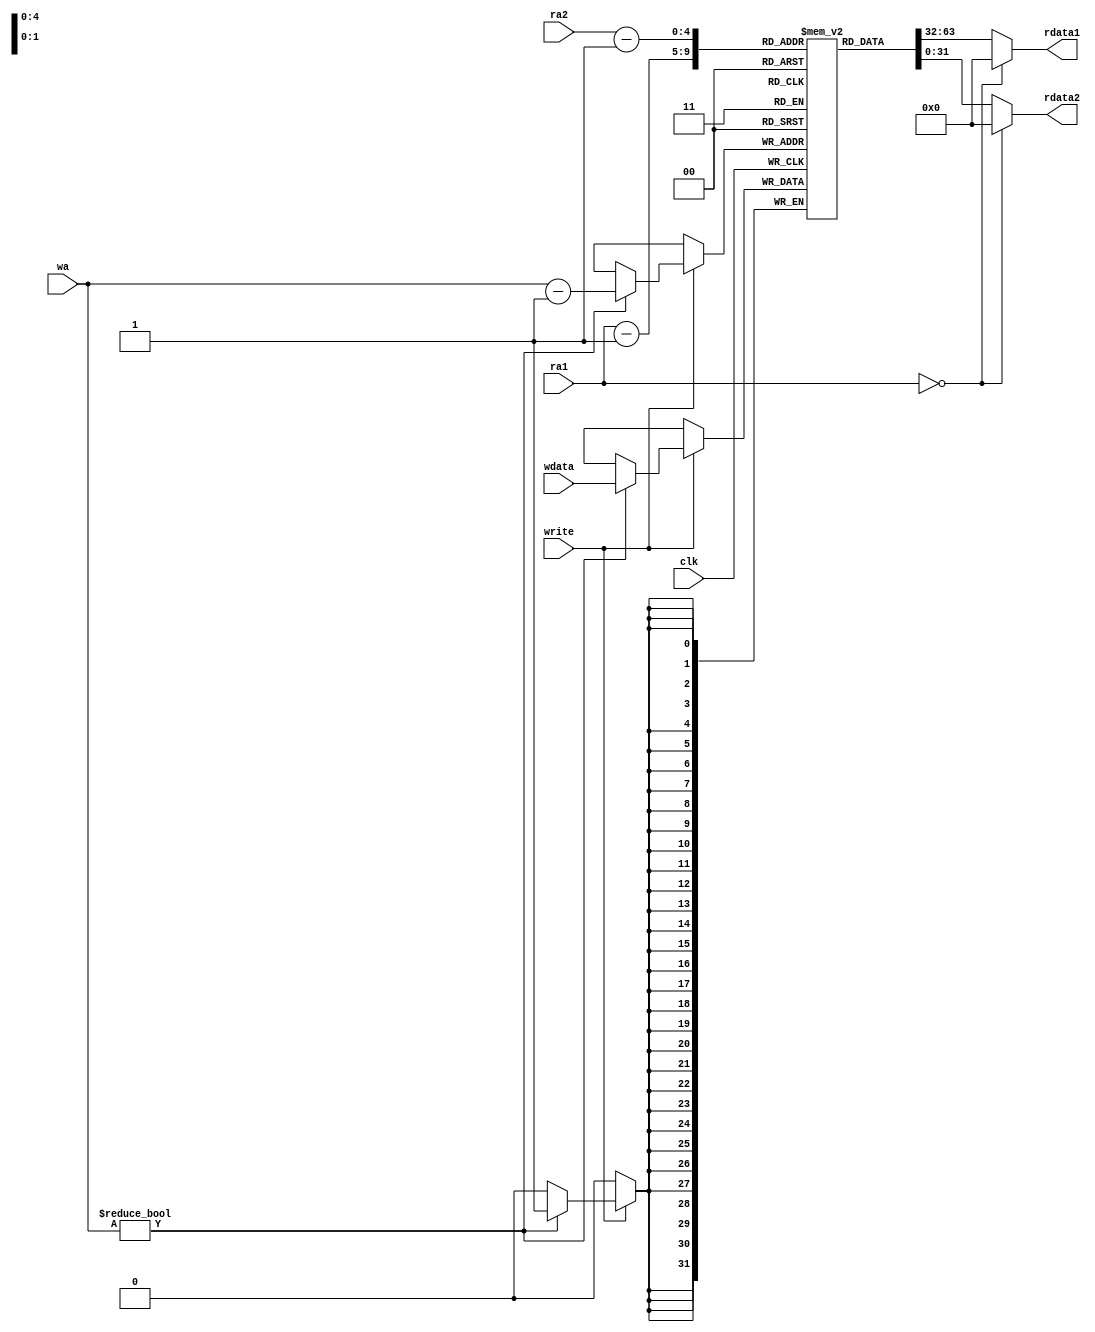
module RegisterFile32x32 (
    input clk,
    input [4:0] ra1,
    input [4:0] ra2,
    input write,
    input [4:0] wa,
    input [31:0] wdata,
    output [31:0] rdata1,
    output [31:0] rdata2
);

reg [31:0] reg_file [0:30];

assign rdata1 = (ra1 == 0) ? 32'b0 : reg_file[ra1 - 1];
assign rdata2 = (ra1 == 0) ? 32'b0 : reg_file[ra2 - 1];

always @ (posedge clk) begin
    if (write == 1)
    begin
        if(wa != 0) reg_file[wa - 1] <= wdata;
    end
end

endmodule // RegisterFile32x32